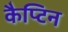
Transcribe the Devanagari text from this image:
कैप्टिन